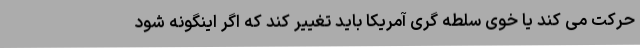
حرکت می کند یا خوی سلطه گری آمریکا باید تغییر کند که اگر اینگونه شود